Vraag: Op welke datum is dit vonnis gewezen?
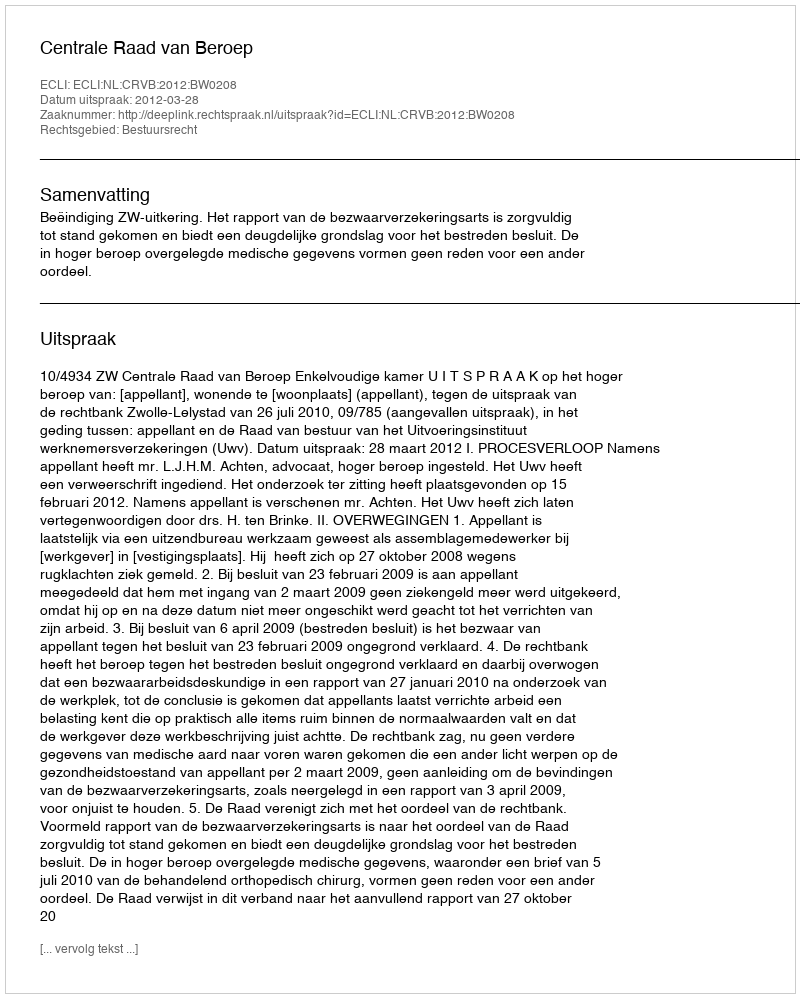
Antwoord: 2012-03-28